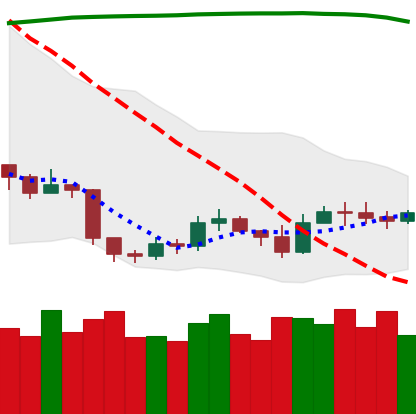
Ticker: ETH-USD
Chart end date: 2019-09-12
Forward return: 15.243%
Label: up_7plus